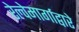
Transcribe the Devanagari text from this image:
रेल्वेमार्गाद्वारे